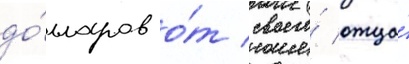
до́лларов о́т своего́ отца́